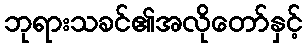
ဘုရားသခင်၏အလိုတော်နှင့်